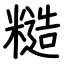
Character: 糙